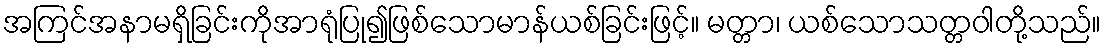
အကြင်အနာမရှိခြင်းကိုအာရုံပြု၍ဖြစ်သောမာန်ယစ်ခြင်းဖြင့်။ မတ္တာ၊ ယစ်သောသတ္တဝါတို့သည်။